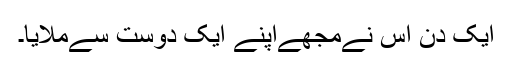
ایک دن اس نےمجھےاپنے ایک دوست سےملایا۔